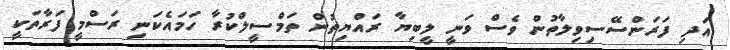
އަދި ފަރަންސޭސިވިލާތުން ވެސް ވަނީ ލީބިޔާ ރައްޔިތުން ތަމްސީލްކުރާ ހަމައެކަނި ރަސްމީ ފަރާތަކީ